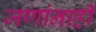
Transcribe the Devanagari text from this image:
जणांनाही